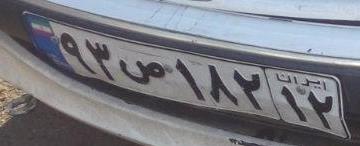
۹۳ص۱۸۲۱۲